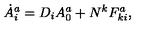
\dot { A } _ { i } ^ { a } = D _ { i } A _ { 0 } ^ { a } + N ^ { k } F _ { k i } ^ { a } ,